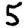
Digit: 5